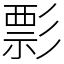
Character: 彯